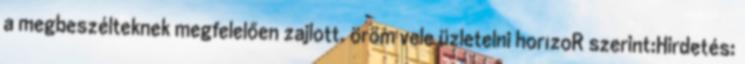
a megbeszélteknek megfelelően zajlott. öröm vele üzletelni hor1zoR szerint:Hirdetés: